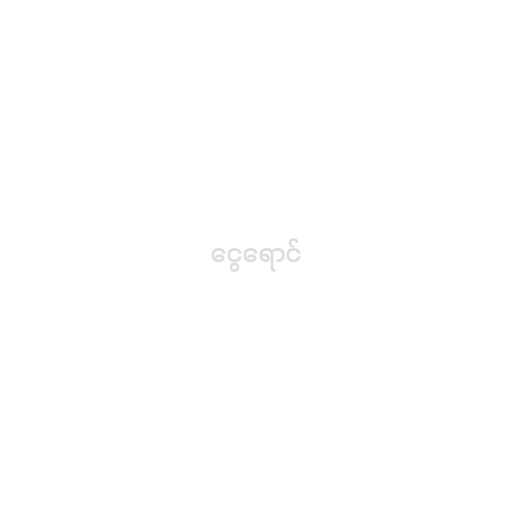
ငွေရောင်